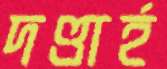
দণ্ডার্হ